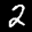
Label: 2